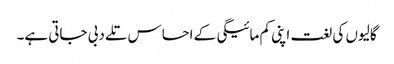
گالیوں کی لغت اپنی کم مائیگی کے احساس تلے دبی جاتی ہے۔